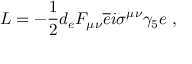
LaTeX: { \cal L } = - \frac { 1 } { 2 } d _ { e } F _ { \mu \nu } \overline { { { e } } } i \sigma ^ { \mu \nu } \gamma _ { 5 } e \; ,